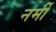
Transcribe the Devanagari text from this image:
नर्मी